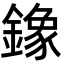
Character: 鐌